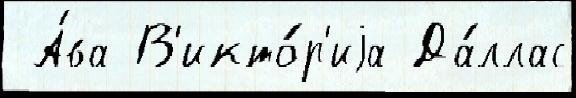
 А́ва В'икто́р'иjа Да́ллас